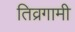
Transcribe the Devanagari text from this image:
तिव्रगामी